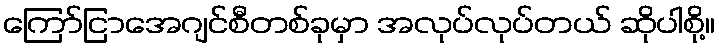
ကြော်ငြာအေဂျင်စီတစ်ခုမှာ အလုပ်လုပ်တယ် ဆိုပါစို့။